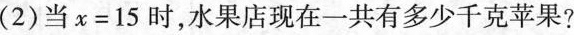
(2)当x=15时，水果店现在一共有多少千克苹果?